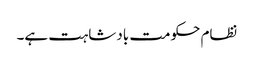
نظام حکومت بادشاہت ہے۔